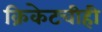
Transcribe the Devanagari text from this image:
क्रिकेटचीही